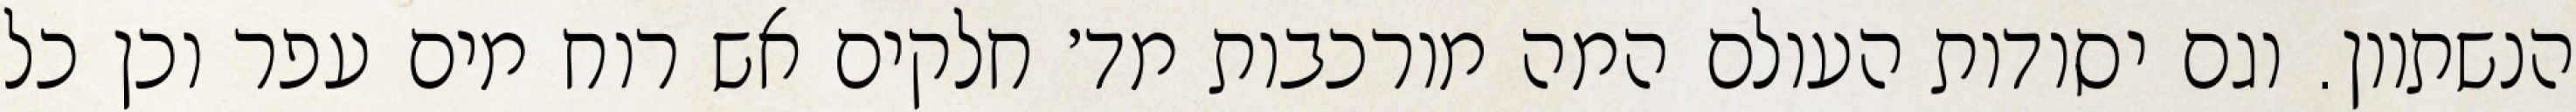
הנשתוון. וגם יסודות העולם המה מורכבות מד׳ חלקים אש רוח מים עפר וכן כל